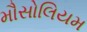
મૌસોલિયમ